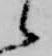
候